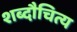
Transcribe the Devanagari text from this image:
शब्दौचित्य